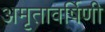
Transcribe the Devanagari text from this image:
अमृतावर्षिणी